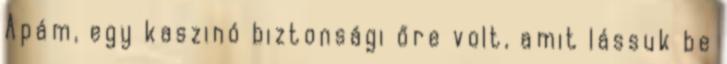
Apám, egy kaszinó biztonsági őre volt, amit lássuk be